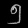
Digit: ၅